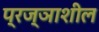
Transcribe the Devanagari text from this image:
प्रज्ञाशील